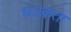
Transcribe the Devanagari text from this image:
धडकता